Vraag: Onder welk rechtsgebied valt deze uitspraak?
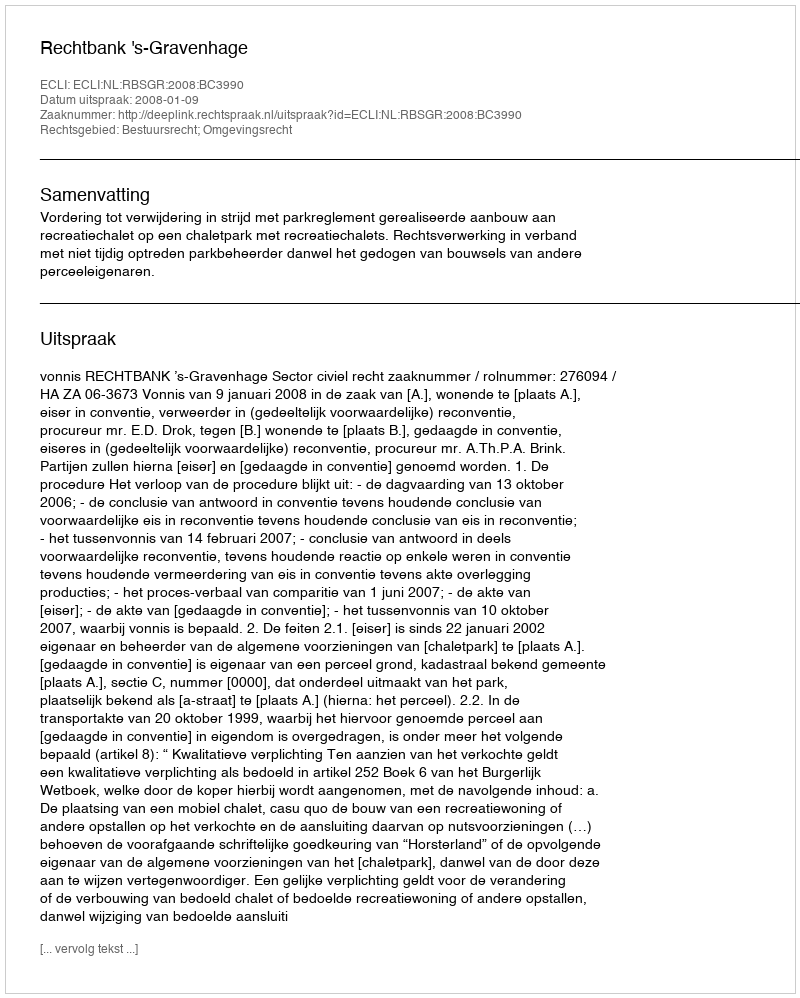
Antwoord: Bestuursrecht; Omgevingsrecht